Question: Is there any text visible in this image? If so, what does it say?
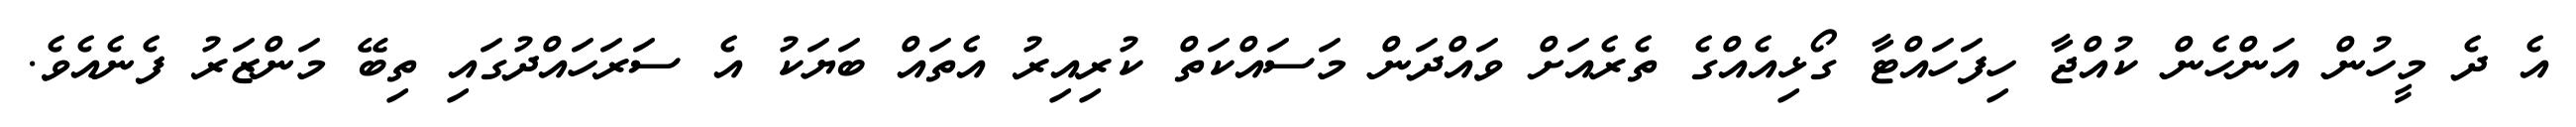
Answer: އެ ދެ މީހުން އަންހެން ކުއްޖާ ހިފަހައްޓާ ގޯޅިއެއްގެ ތެރެއަށް ވައްދަން މަސައްކަތް ކުރިއިރު އެތައް ބަޔަކު އެ ސަރަހައްދުގައި ތިބޭ މަންޒަރު ފެނެއެވެ.